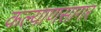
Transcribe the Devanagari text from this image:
कल्याणसागर